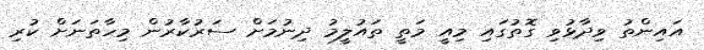
އައިންތު ވިދާޅުވި ގޮތުގައި މިއީ މަތީ ތައުލީމު ދިނުމަށް ސަރުކާރުން މިހާތަނަށް ކުރި